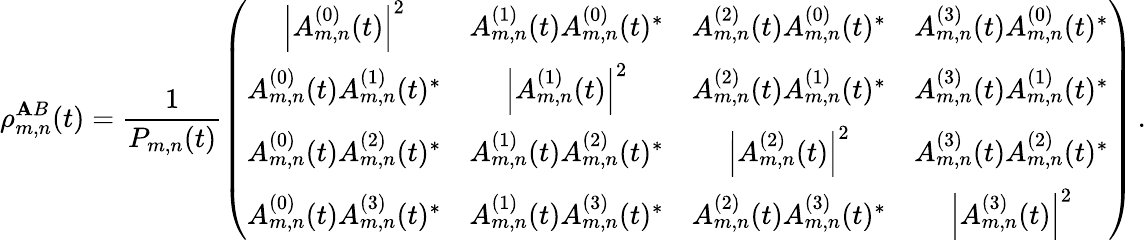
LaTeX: \rho_{m,n}^{\mathbf{A}B}(t)=\frac{{1}}{{P_{m,n}(t)}}\left(\begin{array}{cccc}{\left|A_{m,n}^{(0)}(t)\right|^{2}}&{A_{m,n}^{(1)}(t)A_{m,n}^{(0)}(t)^{*}}&{A_{m,n}^{(2)}(t)A_{m,n}^{(0)}(t)^{*}}&{A_{m,n}^{(3)}(t)A_{m,n}^{(0)}(t)^{*}}\\ {A_{m,n}^{(0)}(t)A_{m,n}^{(1)}(t)^{*}}&{\left|A_{m,n}^{(1)}(t)\right|^{2}}&{A_{m,n}^{(2)}(t)A_{m,n}^{(1)}(t)^{*}}&{A_{m,n}^{(3)}(t)A_{m,n}^{(1)}(t)^{*}}\\ {A_{m,n}^{(0)}(t)A_{m,n}^{(2)}(t)^{*}}&{A_{m,n}^{(1)}(t)A_{m,n}^{(2)}(t)^{*}}&{\left|A_{m,n}^{(2)}(t)\right|^{2}}&{A_{m,n}^{(3)}(t)A_{m,n}^{(2)}(t)^{*}}\\ {A_{m,n}^{(0)}(t)A_{m,n}^{(3)}(t)^{*}}&{A_{m,n}^{(1)}(t)A_{m,n}^{(3)}(t)^{*}}&{A_{m,n}^{(2)}(t)A_{m,n}^{(3)}(t)^{*}}&{\left|A_{m,n}^{(3)}(t)\right|^{2}}\end{array}\right)\, .